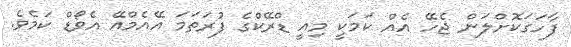
ފާހަގަކޮށްލަން ޖެހޭ އެއް ކަމަކީ މިއީ ޑްރޭކްގެ ފުރަތަމަ އޭއެމްއޭ އެވޯޑް ކަމެވެ.